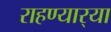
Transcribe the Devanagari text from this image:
राहण्यार्‍या